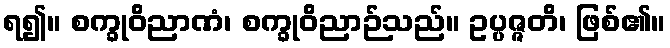
ရ၍။ စက္ခုဝိညာဏံ၊ စက္ခုဝိညာဉ်သည်။ ဥပ္ပဇ္ဇတိ၊ ဖြစ်၏။